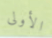
الأولى